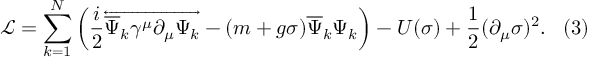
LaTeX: { \mathcal { L } } = \sum _ { k = 1 } ^ { N } \left( { \frac { i } { 2 } } { \overleftrightarrow { { \overline { { \Psi } } } _ { k } \gamma ^ { \mu } \partial _ { \mu } \Psi _ { k } } } - ( m + g \sigma ) { \overline { { \Psi } } } _ { k } \Psi _ { k } \right) - U ( \sigma ) + { \frac { 1 } { 2 } } ( \partial _ { \mu } \sigma ) ^ { 2 } . \, \, \, \, \, ( 3 )